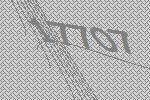
17707